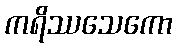
ကရိဿသေကော